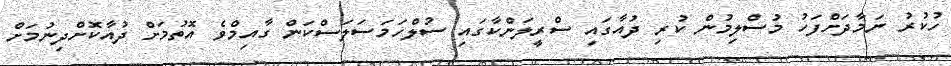
ހުކުރު ނަމާދަށްފަހު މުސްލިމުން ކުރި ދުއާގައި ސްރީލަންކާގައި ސުލްހަމަސަލަސްކަން ގާއިމްވެ އޮތުމަށް ދުއާކޮށްދިނުމަށް